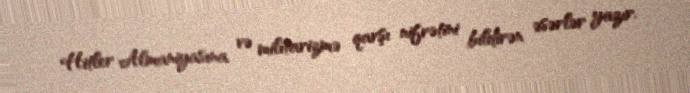
Hitler Almaniyasına və militarizmə qarşı nifrətini bildirən əsərlər yazır.